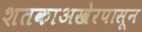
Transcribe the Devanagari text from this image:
शतकाअखेरपासून